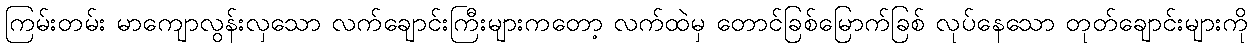
ကြမ်းတမ်း မာကျောလွန်းလှသော လက်ချောင်းကြီးများကတော့ လက်ထဲမှ တောင်ခြစ်မြောက်ခြစ် လုပ်နေသော တုတ်ချောင်းများကို